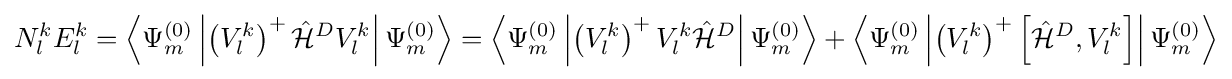
N_{l}^{k}E_{l}^{k}=\left\langle \Psi _{m}^{(0)}\left|\left(V_{l}^{k}\right)^{+}{\hat {\mathcal {H}}}^{D}V_{l}^{k}\right|\Psi _{m}^{(0)}\right\rangle =\left\langle \Psi _{m}^{(0)}\left|\left(V_{l}^{k}\right)^{+}V_{l}^{k}{\hat {\mathcal {H}}}^{D}\right|\Psi _{m}^{(0)}\right\rangle +\left\langle \Psi _{m}^{(0)}\left|\left(V_{l}^{k}\right)^{+}\left[{\hat {\mathcal {H}}}^{D},V_{l}^{k}\right]\right|\Psi _{m}^{(0)}\right\rangle